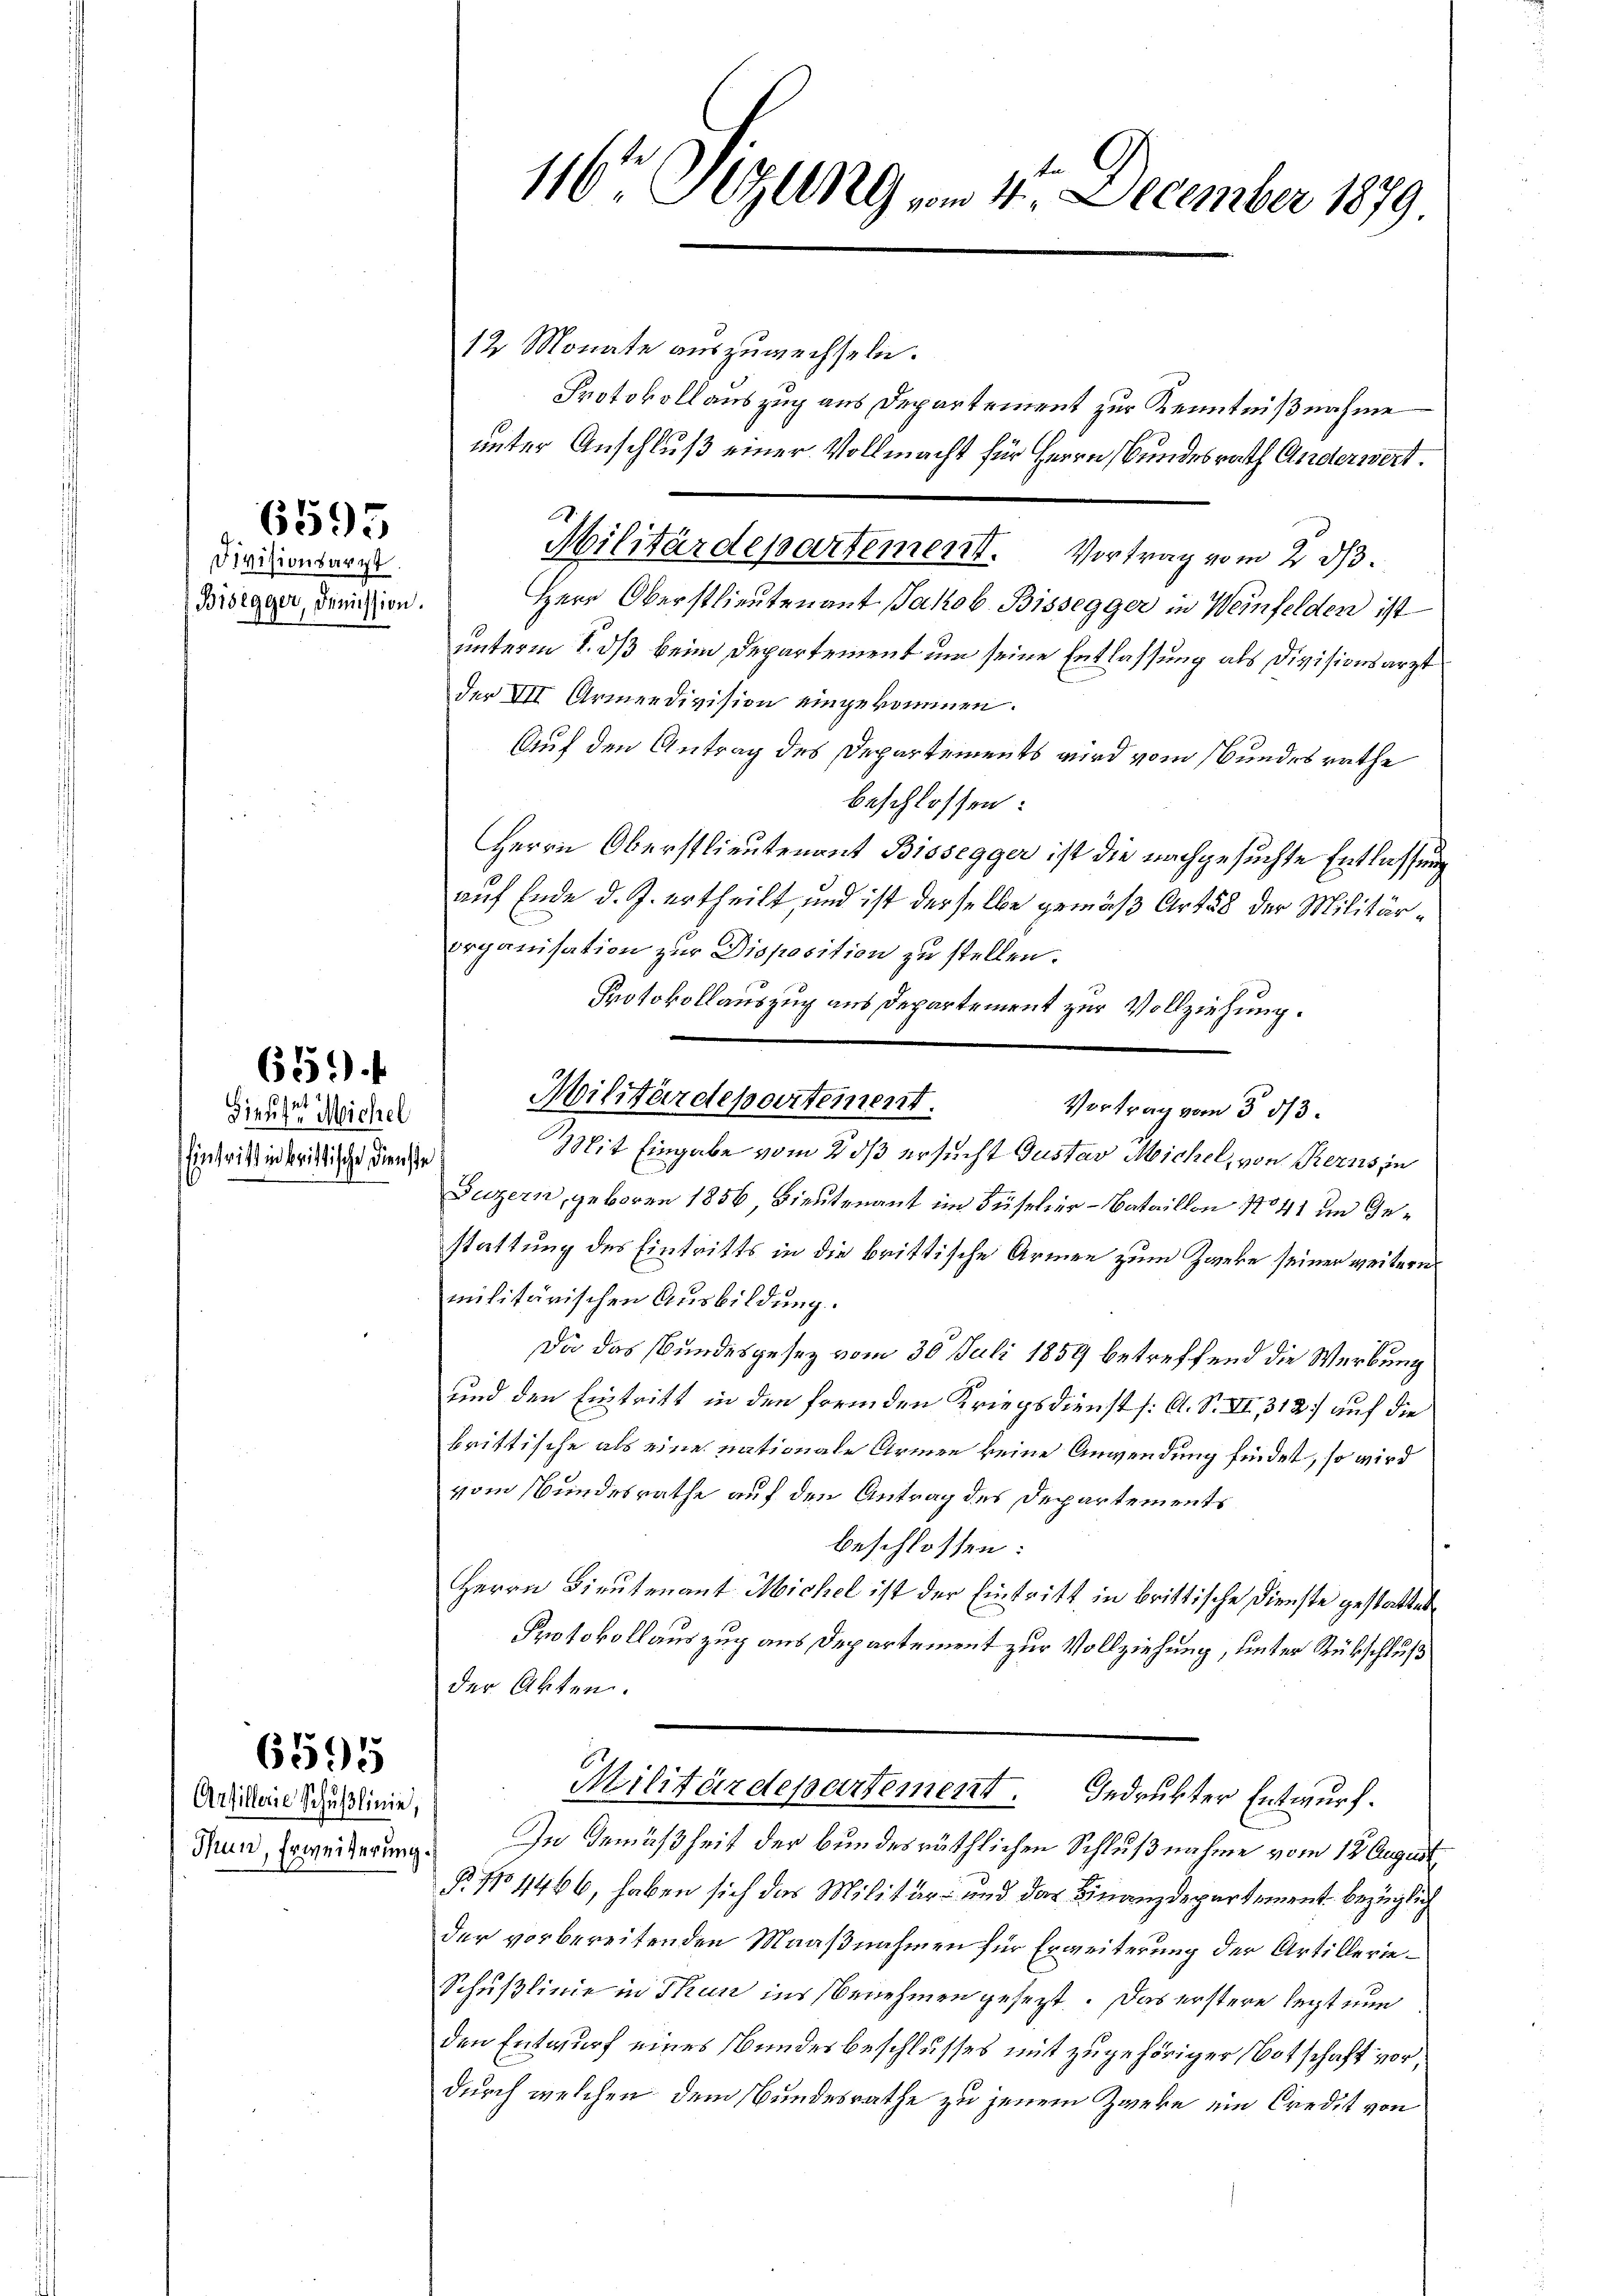
Divisionsarzt.
Bisegger, Dimission.

6595

659.

Sieust Michel
Eintritt in brittische Dienste

6595

Arfillerie Schußlinie,
Thun, Erweiterung.

G
116t Jezung vom 4. December 1879

12 Monate auszuwechseln.
Protokollauszug aus Departement zur Kenntnißnahme
unter Anschluß einer Vollmacht für Herrn Bundesrath Anderwert.
Herr Oberstlieutenant Jakob. Bissegger in Weinfelden ist
unterm 1. ds beim Departement um seine Entlassung als Divisionsarzt
der VII Armeedivision eingekommen.
Auf den Antrag des Departements wird vom Bundesrathe
beschlossen:
Herrn Oberstlieutenant Bissegger ist die nachgesuchte Entlassung
auf Ende d. J. ertheilt, und ist derselbe gemäß Artus der Militärorganisation zur Disposition zu stellen.
Protokollauszug aus Departement zur Vollziehung.

Militärdepartement. Vortrag vom 2. ds.

Militärdepartement.

Vortrag vom 3 1/3.

Mit Eingabe vom 2 dß ersucht Gustav Michel, von Kerns in
Luzern, geboren 1856, Bieutenant im Süseler-Bataillon No 41 im Gestattung des Eintritts in die brittische Armen zum Zweke seiner weitern
militärischen Ausbildung.
Da das Bundesgesez vom 30. Juli 1859 betreffend die Werbung
und den Eintritt in den fremden Kriegsdienst /: A. S. VI, 312. auf die
brittische als eine nationale Armen keine Anwendung findet, so wird
vom Bundesrathe auf den Antrag des Departements
beschlossen:
Herrn Bieutenant Michel ist der Eintritt in brittische Dienste gestattet
Protokollauszug aus Departement zur Vollziehung, unter Rückschluß
der Akten.
Militärdepartement. Bedrukter Entwurf.
In Gemäßheit der bundesräthlichen Schlußnahme vom 12. August
§ No 4466, haben sich das Militär- und das Finanzdepartement bezüglich
der vorbereitenden Maaßnahmen für Erweiterung der Artillerie¬
Schußlinie in Thun ins Benehmen gesezt. Das erstere legt nun
den Entwurf eines Bundesbeschlusses mit zugehöriger Botschaft vor,
durch welchen dem Bundesrathe zu jenem Zweke ein Credit von